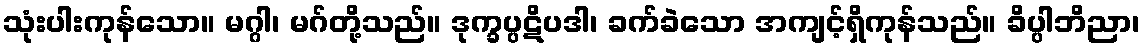
သုံးပါးကုန်သော။ မဂ္ဂါ၊ မဂ်တို့သည်။ ဒုက္ခပ္ပဋိပဒါ၊ ခက်ခဲသော အကျင့်ရှိကုန်သည်။ ခိပ္ပါဘိညာ၊